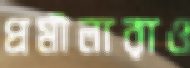
প্রমীলারাও